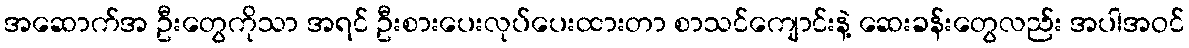
အဆောက်အ ဦးတွေကိုသာ အရင် ဦးစားပေးလုပ်ပေးထားတာ စာသင်ကျောင်းနဲ့ ဆေးခန်းတွေလည်း အပါအဝင်